Newspaper: The Charleston daily news. [volume]
Place of publication: Charleston, S.C.
Publisher: Cathcart, McMillan & Morton
Date: 1870-01-26 00:00:00
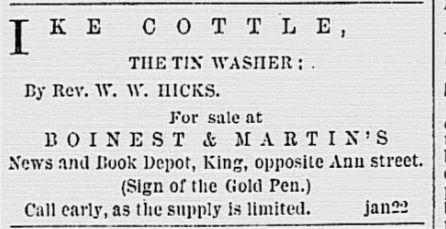
Advertisement text (OCR):
K E COTTLE, TUE TIN WA Sn ER ; . By Rev. W. W. HICKS. For sale at B O l NEST it MARTIN'S and Book Depot, King, opposite Ann stree: (Sign of the Gold Pen.) Call early, as thc supply ls limited. jan22
Label: text-only